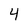
Character: 4